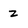
Character: z